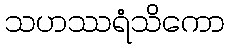
သဟဿရံသိကော